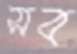
সব